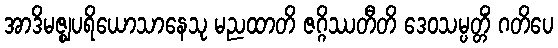
အာဒိမဇ္ဈပရိယောသာနေသု မညထာတိ ဇဂ္ဂိဿတီတိ ဒေဝသမ္ပတ္တိံ ဂတိပေ